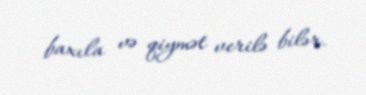
baxıla və qiymət verilə bilər.